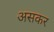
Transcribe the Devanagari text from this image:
असकर